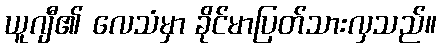
ယူဂျီ၏ လေသံမှာ ခိုင်မာပြတ်သားလှသည်။